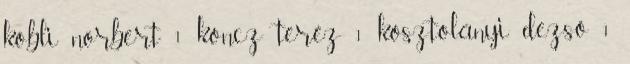
köbli norbert 1 koncz teréz 1 kosztolányi dezső 1